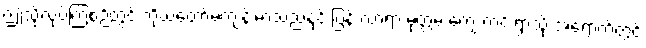
ဤသို့လုပ်ကြံစဉ်တွင် ကိုယ်တော်မကျန်းမာသည်နှင့် ပြန် လာရာ မုတ္တမ ကျေးကင်းရွာသို့ အရောက်တွင်